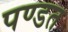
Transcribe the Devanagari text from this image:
पण्डत